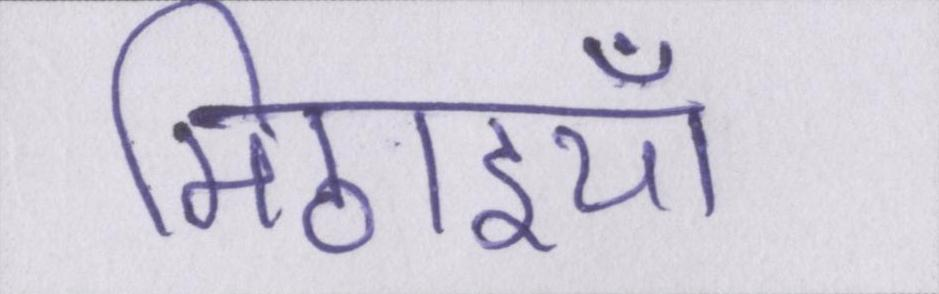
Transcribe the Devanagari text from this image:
मिठाइयाँ